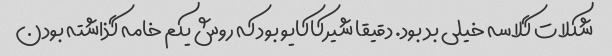
شکلات گلاسه خیلی بد بود. دقیقا شیرکاکایو بود که روش یکم خامه گذاشته بودن